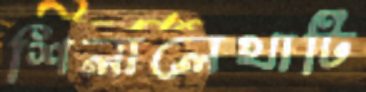
শিলালেখাটি